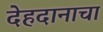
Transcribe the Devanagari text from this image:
देहदानाचा